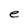
Character: e